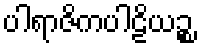
ပါရာဇိကပါဠိယဉ္စ